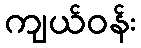
ကျယ်ဝန်း